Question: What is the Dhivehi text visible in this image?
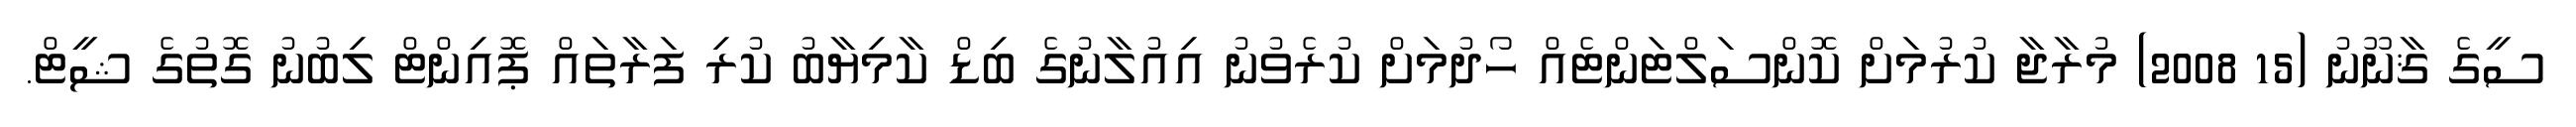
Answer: ސީގެ ޤާނޫނު (15 2008) މުރާޖާ ކުރުމަށް ކޮންސަލްޓަންޓެއް ހޯދުމަށް ކުރެވުނު އިއުލާނުގެ ބިޑް ކާމިޔާބު ކުރި ފަރާތައް ޕޮއިންޓް ލިބުނު ގޮތުގެ ޝީޓް.